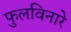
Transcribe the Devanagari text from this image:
फुलविनारे